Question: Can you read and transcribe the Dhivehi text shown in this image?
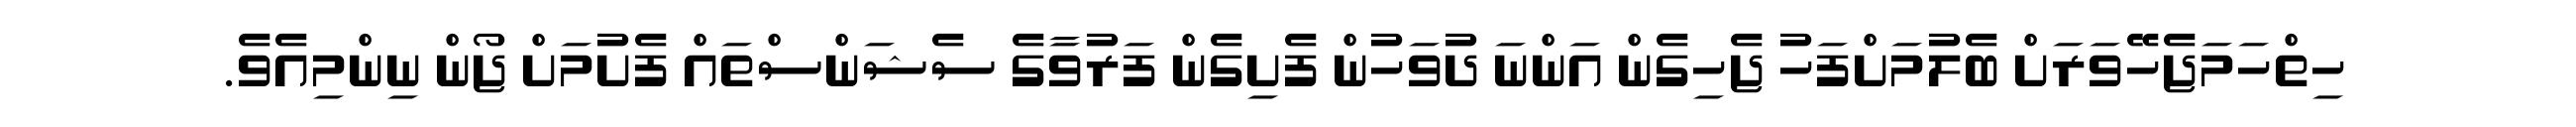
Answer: ހިތްހަމަޖެހޭވަރަށް ބެލުމަށްފަހު ޖެހިގެން އަންނަ ދުވަހުން ފެށިގެން ފަރުވާގެ ސެޝަންސްތައް ފެށުމަށް ޖޯން ނިންމިއެވެ.